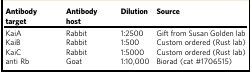
<table><thead><tr><td><b>Antibody target</b></td><td><b>Antibody host</b></td><td><b>Dilution</b></td><td><b>Source</b></td></tr></thead><tbody><tr><td>KaiA</td><td>Rabbit</td><td>1:2500</td><td>Gift from Susan Golden lab</td></tr><tr><td>KaiB</td><td>Rabbit</td><td>1:500</td><td>Custom ordered (Rust lab)</td></tr><tr><td>KaiC</td><td>Rabbit</td><td>1:5000</td><td>Custom ordered (Rust lab)</td></tr><tr><td>anti Rb</td><td>Goat</td><td>1:10,000</td><td>Biorad (cat #1706515)</td></tr></tbody></table>